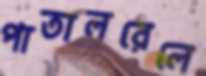
পাতালরেলে